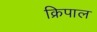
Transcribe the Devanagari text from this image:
क्रिपाल